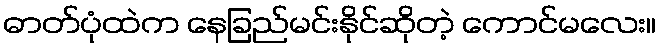
ဓာတ်ပုံထဲက နေခြည်မင်းနိုင်ဆိုတဲ့ ကောင်မလေး။